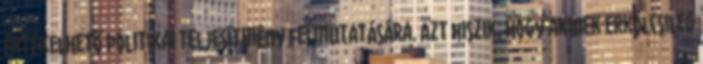
értékelhető politikai teljesítmény felmutatására. Azt hiszik, hogy akinek erkölcsileg